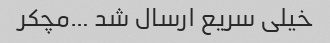
خیلی سریع ارسال شد …مچکر